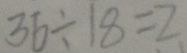
3 6 \div 8 = 2